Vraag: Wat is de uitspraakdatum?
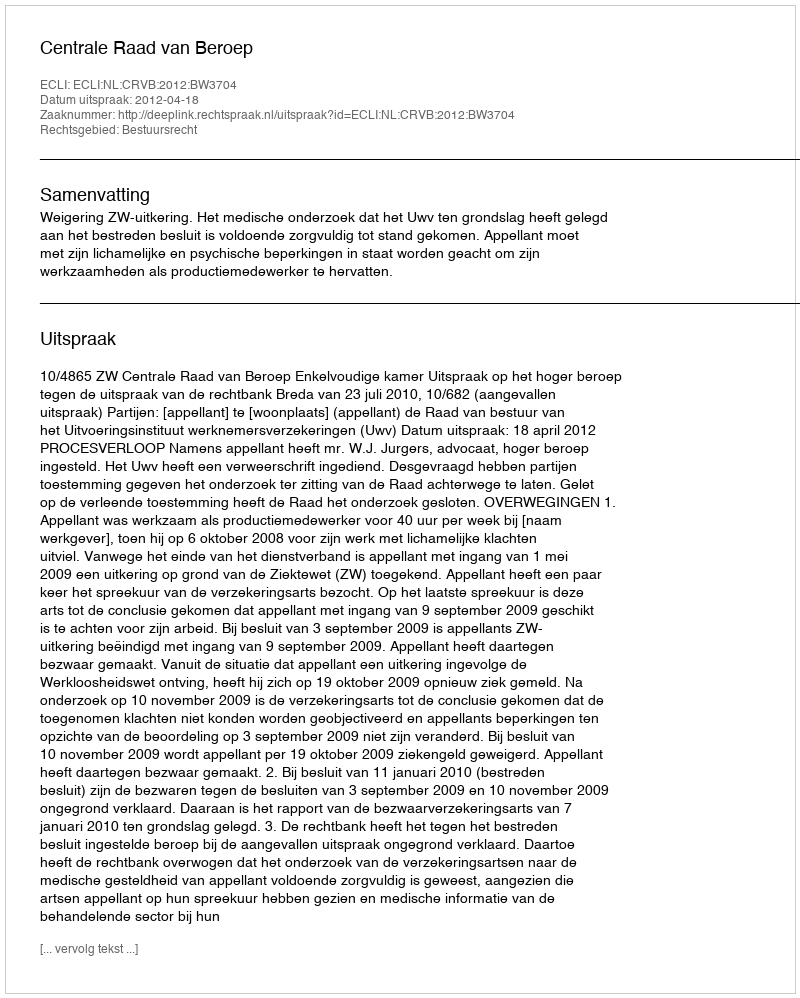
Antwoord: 2012-04-18